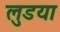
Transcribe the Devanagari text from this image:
लुडया